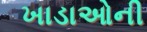
ખાડાઓની